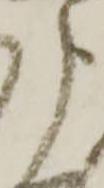
う